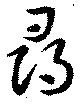
尋